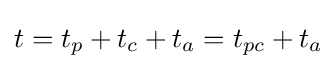
t=t_{p}+t_{c}+t_{a}=t_{pc}+t_{a}